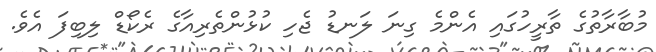
މުބާރާތުގެ ތާރީހުގައި އެންމެ ގިނަ ލަނޑު ޖެހި ކުޅުންތެރިއާގެ ރެކޯޑް ލިބިފަ އެވެ.